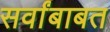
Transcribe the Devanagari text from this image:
सर्वांबाबत